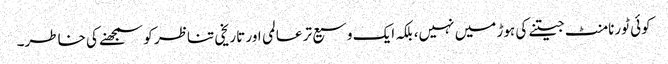
کوئی ٹورنامنٹ جیتنے کی ہوڑ میں نہیں، بلکہ ایک وسیع تر عالمی اور تاریخی تناظر کو سمجھنے کی خاطر۔